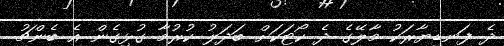
ދެ ފަނޑިޔާރަކު މާލޭގެ ދެ ކޯޓަކަށް ބަދަލު ކުރުމާ ގުޅިގެން އެ ބެންޗު